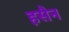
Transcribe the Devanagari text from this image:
हसैन